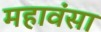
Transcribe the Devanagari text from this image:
महावंसा